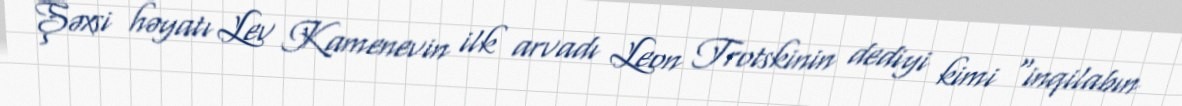
Şəxsi həyatı Lev Kamenevin ilk arvadı Leon Trotskinin dediyi kimi "inqilabın